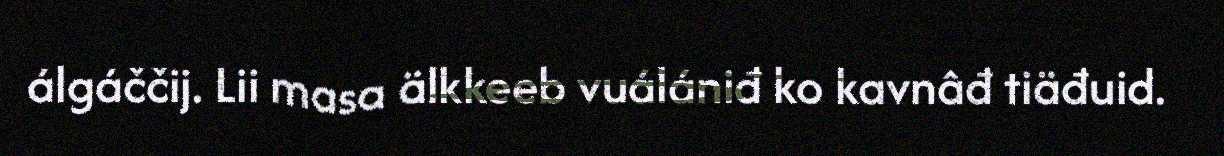
álgáččij. Lii masa älkkeeb vuálániđ ko kavnâđ tiäđuid.